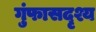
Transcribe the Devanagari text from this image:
गुंफासदृश्य